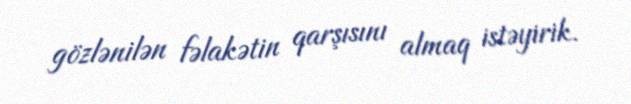
gözlənilən fəlakətin qarşısını almaq istəyirik.